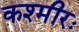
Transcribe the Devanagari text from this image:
कश्मीरः